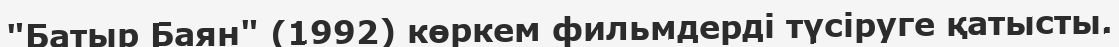
"Батыр Баян" (1992) көркем фильмдерді түсіруге қатысты.